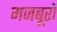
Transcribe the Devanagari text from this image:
मजबूरों